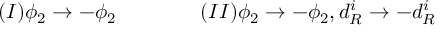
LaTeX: ( I ) \phi _ { 2 } \rightarrow - \phi _ { 2 } \qquad \qquad ( I I ) \phi _ { 2 } \rightarrow - \phi _ { 2 } , d _ { R } ^ { i } \rightarrow - d _ { R } ^ { i }